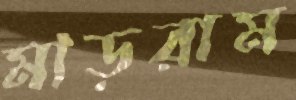
মাড়রাম